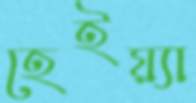
হেইয়্যা